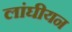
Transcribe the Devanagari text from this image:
लांघीयन